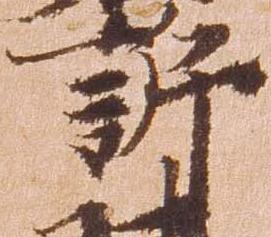
訴